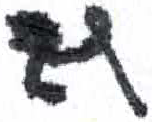
אות: ף